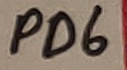
Text: PD6